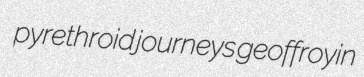
pyrethroid journeys geoffroyin